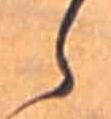
ら